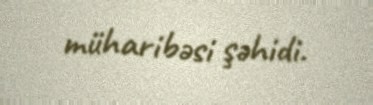
müharibəsi şəhidi.